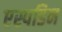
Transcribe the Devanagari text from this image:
एस्पडिन